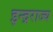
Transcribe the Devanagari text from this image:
इन्द्रराज्य